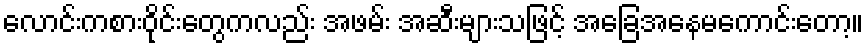
လောင်းကစားဝိုင်းတွေကလည်း အဖမ်း အဆီးများသဖြင့် အခြေအနေမကောင်းတော့။